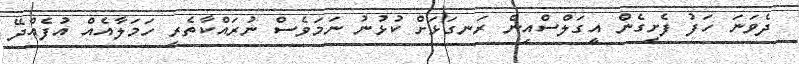
ދެވަނަ ހަފު ފެށިގެން އީގަލްސްއިން ރަނގަޅަށް ކުޅުނު ނަމަވެސް ނުރައްކާތެރި ހަމަލާއެއް އުފެއްދޭ